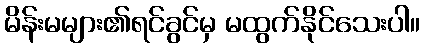
မိန်းမများ၏ရင်ခွင်မှ မထွက်နိုင်သေးပါ။